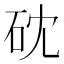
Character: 𥑀